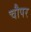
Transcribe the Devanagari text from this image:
चौपर